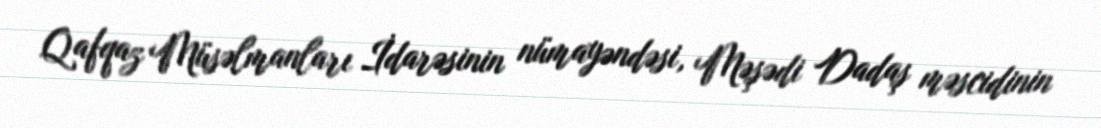
Qafqaz Müsəlmanları İdarəsinin nümayəndəsi, Məşədi Dadaş məscidinin